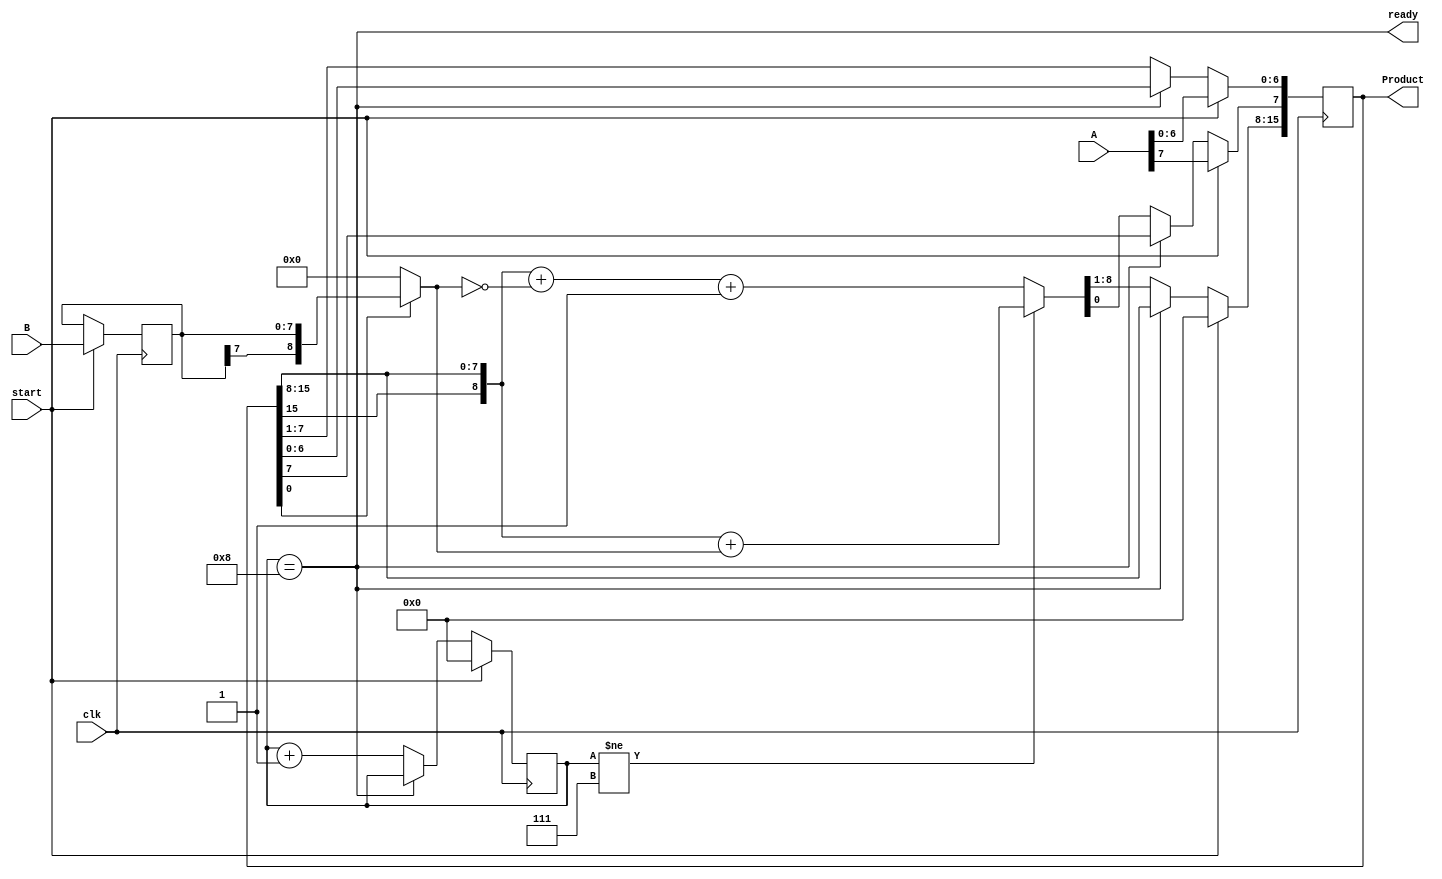
`timescale 1ns/1ns
module multiplier3
  #( parameter nb =8
  )
(
  input clk,
  input start,
  input [nb -1 :0] A,
  input [nb -1 :0] B,
  output reg signed [2 * nb - 1:0] Product,
  output ready
  );
  
  
  reg [nb - 1:0] counter;
  
  
  wire [nb:0] s;
  wire Cout;
  wire [nb:0] mux;
  
  reg [nb - 1 :0] BB;
  
  assign mux = Product[0] ? {BB[nb - 1],BB} : {(nb + 1){1'b0}};
  
  assign s = (counter != nb - 1) ? ({Product[2*nb - 1],Product[2*nb - 1:nb]} + mux) : ({Product[2 * nb - 1],Product[2 * nb - 1: nb]} + ~ mux + 1)  ;
  
  assign ready = (counter == nb);
  
  
  always@(posedge clk)
    if(start) begin
      counter <= {nb{1'b0}};
      BB <= B;
      Product[nb - 1:0] <= A;

      Product [2 * nb - 1:nb] <= {nb{1'b0}};
    end
  
    else if (! ready ) begin
      counter <= counter + 1;
      Product [nb - 2:0] <= Product [nb - 1:1];
      Product [2 * nb - 1: nb - 1] <= s ;
    end
endmodule